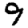
Digit: 9